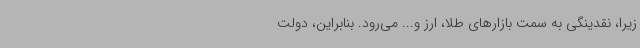
زیرا، نقدینگی به سمت بازارهای طلا، ارز و... می‌رود. بنابراین، دولت